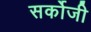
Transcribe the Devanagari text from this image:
सर्कोजी